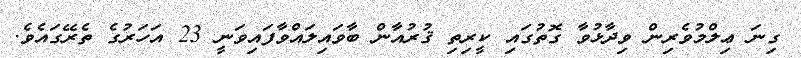
ގިނަ ޢިލްމުވެރިން ވިދާޅުވާ ގޮތުގައި ކީރިތި ޤުރުއާން ބާވައިލައްވާފައިވަނީ 23 އަހަރުގެ ތެރޭގައެވެ.